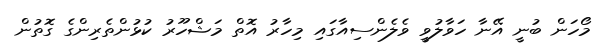
މޯހަން ބުނީ އޭނާ ހަވާލުވީ ވެލެންސިއާގައި މިހާރު އޮތް މަޝްހޫރު ކުޅުންތެރިންގެ ގޮތުން